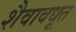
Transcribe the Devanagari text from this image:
शैवावधूत